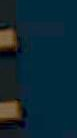
E